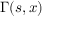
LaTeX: \Gamma ( s , x )